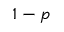
1 - p